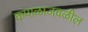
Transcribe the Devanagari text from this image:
कपाळाजवळील